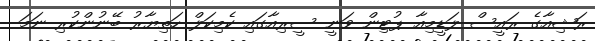
ރަޝިއާގެ ރައީސް ލަޑީމިއާ ޕުޓިން ވަނީ ސީރިއާގައި ކެމިކަލް ހަތިޔާރު ބޭނުންކުރި ނަމަ